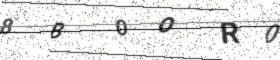
Text: 8B0OR0